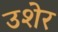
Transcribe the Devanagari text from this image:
उशेर